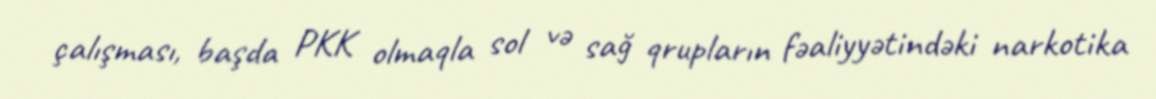
çalışması, başda PKK olmaqla sol və sağ qrupların fəaliyyətindəki narkotika